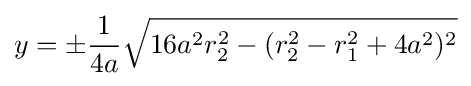
y=\pm {\frac {1}{4a}}{\sqrt {16a^{2}r_{2}^{2}-(r_{2}^{2}-r_{1}^{2}+4a^{2})^{2}}}